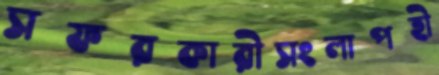
সফরকারীসংলাপহী